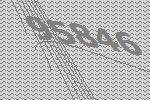
95846